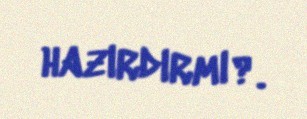
hazırdırmı?.